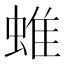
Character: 蜼